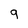
Character: g